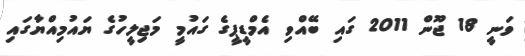
ވަނީ 18 ޖޫން 2011 ގައި ބޭއްވި އެމްޑީޕީގެ ގައުމީ މަޖިލީހުގެ ޔައުމިއްޔާގައި